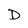
Character: D